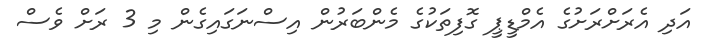
އަދި އެރަށްރަށުގެ އެމްޑީޕީ ގޮފިތަކުގެ މެންބަރުން އިސްނަގައިގެން މި 3 ރަށް ވެސް